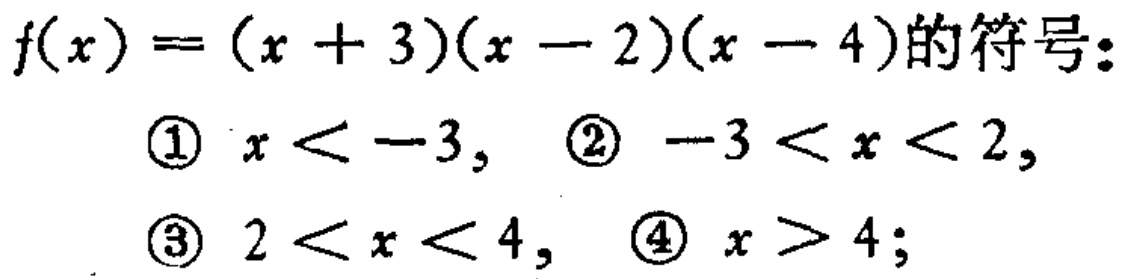
\(f(x)=(x + 3)(x - 2)(x - 4)\)的符号：
\textcircled{1} \(x < -3\)， \textcircled{2} \(-3 < x < 2\)，
\textcircled{3} \(2 < x < 4\)， \textcircled{4} \(x > 4\)；